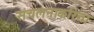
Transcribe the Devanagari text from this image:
संचलनाकरिता